Source: Handwritten
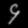
Digit: ၄ (4)